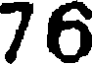
76